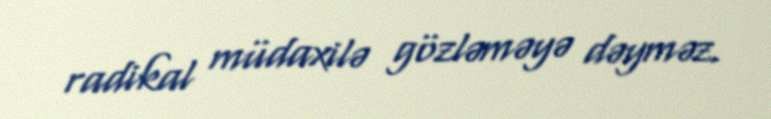
radikal müdaxilə gözləməyə dəyməz.